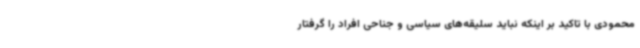
محمودی با تاکید بر اینکه نباید سلیقه‌های سیاسی و جناحی افراد را گرفتار